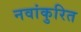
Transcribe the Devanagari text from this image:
नवांकुरित